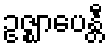
ဥဇ္ဈာပေန္တီ